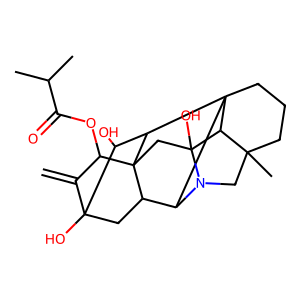
SMILES: C=C1C(OC(=O)C(C)C)C23CC4(O)C5C6(C)CCCC57C(C2CC1(O)C(O)C37)N4C6
Inhibits HIV replication: No